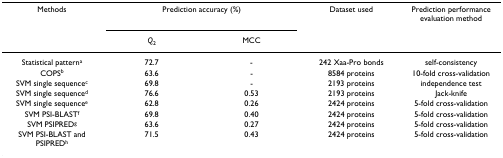
<table><thead><tr><td><b>Methods</b></td><td colspan="2"><b>Prediction accuracy (%)</b></td><td><b>Dataset used</b></td><td><b>Prediction performance evaluation method</b></td></tr><tr><td></td><td><b><i>Q</i><sub>2</sub></b></td><td><b>MCC</b></td><td></td><td></td></tr></thead><tbody><tr><td>Statistical pattern<sup>a</sup></td><td>72.7</td><td>-</td><td>242 Xaa-Pro bonds</td><td>self-consistency</td></tr><tr><td>COPS<sup>b</sup></td><td>63.6</td><td>-</td><td>8584 proteins</td><td>10-fold cross-validation</td></tr><tr><td>SVM single sequence<sup>c</sup></td><td>69.8</td><td>-</td><td>2193 proteins</td><td>independence test</td></tr><tr><td>SVM single sequence<sup>d</sup></td><td>76.6</td><td>0.53</td><td>2193 proteins</td><td>Jack-knife</td></tr><tr><td>SVM single sequence<sup>e</sup></td><td>62.8</td><td>0.26</td><td>2424 proteins</td><td>5-fold cross-validation</td></tr><tr><td>SVM PSI-BLAST<sup>f</sup></td><td>69.8</td><td>0.40</td><td>2424 proteins</td><td>5-fold cross-validation</td></tr><tr><td>SVM PSIPRED<sup>g</sup></td><td>63.6</td><td>0.27</td><td>2424 proteins</td><td>5-fold cross-validation</td></tr><tr><td>SVM PSI-BLAST and PSIPRED<sup>h</sup></td><td>71.5</td><td>0.43</td><td>2424 proteins</td><td>5-fold cross-validation</td></tr></tbody></table>